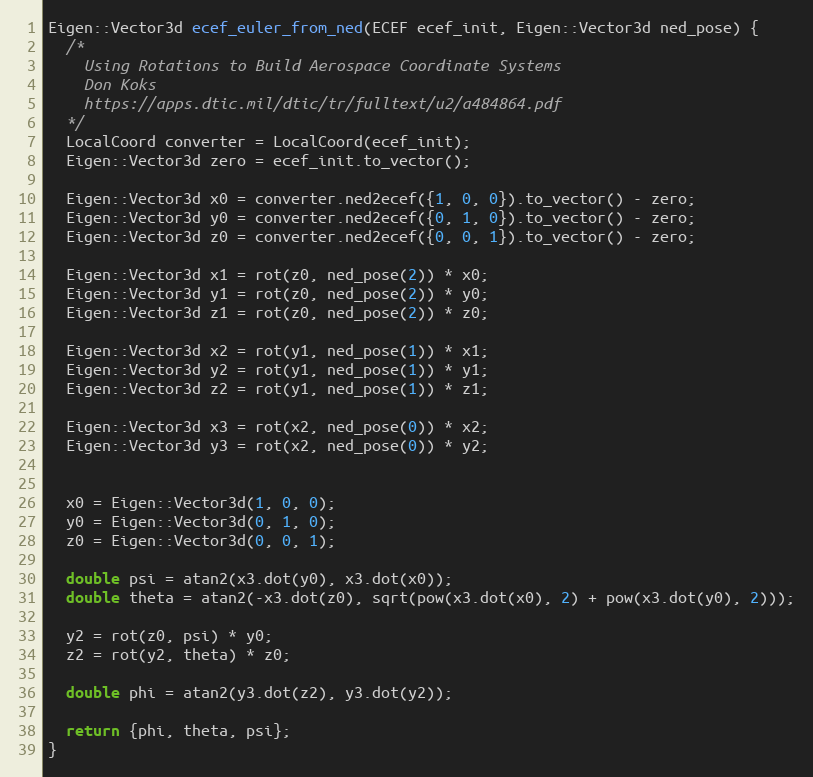
Language: C++
Eigen::Vector3d ecef_euler_from_ned(ECEF ecef_init, Eigen::Vector3d ned_pose) {
  /*
    Using Rotations to Build Aerospace Coordinate Systems
    Don Koks
    https://apps.dtic.mil/dtic/tr/fulltext/u2/a484864.pdf
  */
  LocalCoord converter = LocalCoord(ecef_init);
  Eigen::Vector3d zero = ecef_init.to_vector();

  Eigen::Vector3d x0 = converter.ned2ecef({1, 0, 0}).to_vector() - zero;
  Eigen::Vector3d y0 = converter.ned2ecef({0, 1, 0}).to_vector() - zero;
  Eigen::Vector3d z0 = converter.ned2ecef({0, 0, 1}).to_vector() - zero;

  Eigen::Vector3d x1 = rot(z0, ned_pose(2)) * x0;
  Eigen::Vector3d y1 = rot(z0, ned_pose(2)) * y0;
  Eigen::Vector3d z1 = rot(z0, ned_pose(2)) * z0;

  Eigen::Vector3d x2 = rot(y1, ned_pose(1)) * x1;
  Eigen::Vector3d y2 = rot(y1, ned_pose(1)) * y1;
  Eigen::Vector3d z2 = rot(y1, ned_pose(1)) * z1;

  Eigen::Vector3d x3 = rot(x2, ned_pose(0)) * x2;
  Eigen::Vector3d y3 = rot(x2, ned_pose(0)) * y2;

  x0 = Eigen::Vector3d(1, 0, 0);
  y0 = Eigen::Vector3d(0, 1, 0);
  z0 = Eigen::Vector3d(0, 0, 1);

  double psi = atan2(x3.dot(y0), x3.dot(x0));
  double theta = atan2(-x3.dot(z0), sqrt(pow(x3.dot(x0), 2) + pow(x3.dot(y0), 2)));

  y2 = rot(z0, psi) * y0;
  z2 = rot(y2, theta) * z0;

  double phi = atan2(y3.dot(z2), y3.dot(y2));

  return {phi, theta, psi};
}